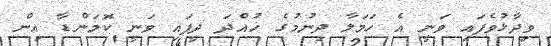
ވިދާޅުވެފައި ވަނީ އެ ހަމަލާ ދިނުމުގެ ހުއްދަ ދީފައި ވަނީ ކޮމަންޑާ އިން